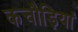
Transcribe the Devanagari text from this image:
कचौड़ियां